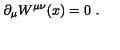
\partial _ { \mu } W ^ { \mu \nu } ( x ) = 0 \ .